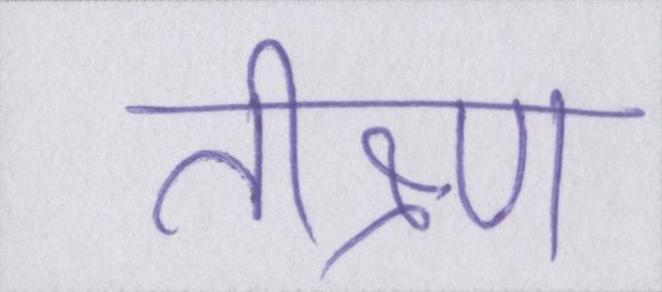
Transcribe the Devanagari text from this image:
तीक्ष्ण